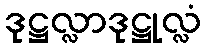
ဒုဋ္ဌလ္လာဒုဋ္ဌုလ္လံ